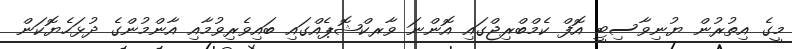
މީގެ އިތުރުން ޔުނިވާސިޓީ އޮފް ކެމްބްރިޖްގައި އޮންނަ ވާރކްޝޮޕެއްގައި ބައިވެރިވުމާއި އާންމުންގެ ދުޅަހެޔޮކަން